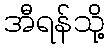
အီရန်သို့